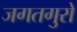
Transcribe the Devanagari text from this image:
जगतगुरो